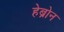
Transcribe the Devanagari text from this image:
हेब्रोन